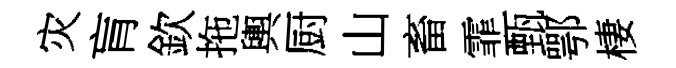
灾肓欽拖輿厨山畜霏甄鄂棲